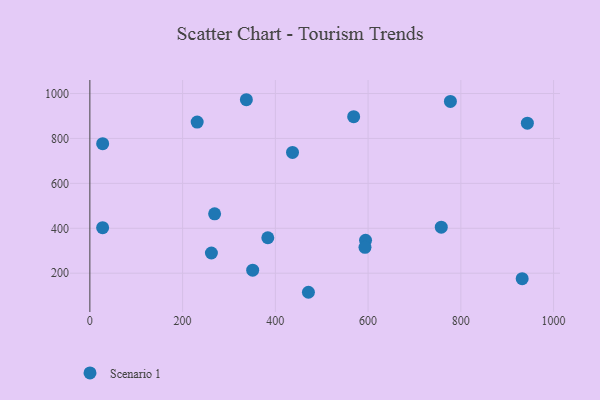
{"axis": {"x": "Ad Spend", "y": "Exam Score"}, "legend": ["Scenario 1"], "data": [{"x": "594.5", "y": 346.3, "type": "Scenario 1"}, {"x": "27.5", "y": 402.9, "type": "Scenario 1"}, {"x": "777.5", "y": 964.8, "type": "Scenario 1"}, {"x": "437.0", "y": 737.8, "type": "Scenario 1"}, {"x": "231.4", "y": 872.7, "type": "Scenario 1"}, {"x": "262.1", "y": 290.1, "type": "Scenario 1"}, {"x": "351.1", "y": 213.8, "type": "Scenario 1"}, {"x": "383.7", "y": 358.0, "type": "Scenario 1"}, {"x": "269.0", "y": 464.6, "type": "Scenario 1"}, {"x": "757.8", "y": 405.1, "type": "Scenario 1"}, {"x": "471.3", "y": 115.2, "type": "Scenario 1"}, {"x": "337.5", "y": 972.4, "type": "Scenario 1"}, {"x": "932.3", "y": 175.7, "type": "Scenario 1"}, {"x": "568.9", "y": 896.8, "type": "Scenario 1"}, {"x": "943.5", "y": 867.8, "type": "Scenario 1"}, {"x": "27.6", "y": 776.7, "type": "Scenario 1"}, {"x": "593.3", "y": 315.3, "type": "Scenario 1"}]}